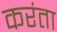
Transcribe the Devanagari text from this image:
करंता